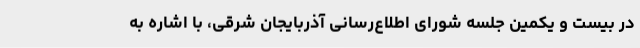
در بیست و یکمین جلسه شورای اطلاع‌رسانی آذربایجان شرقی، با اشاره به